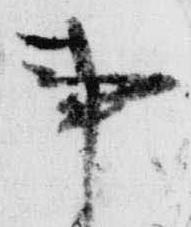
事